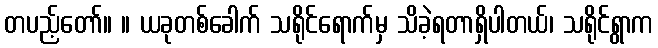
တပည့်တော်။ ။ ယခုတစ်ခေါက် သရိုင်ရောက်မှ သိခဲ့ရတာရှိပါတယ်၊ သရိုင်ရွာက